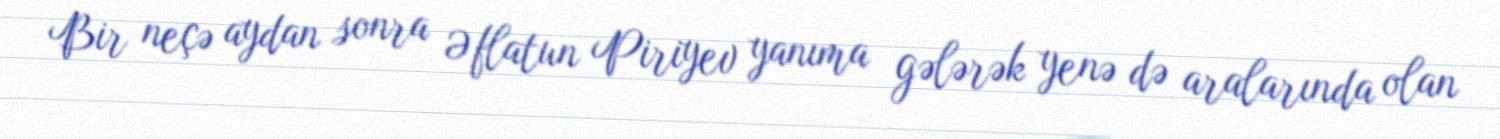
Bir neçə aydan sonra Əflatun Piriyev yanıma gələrək yenə də aralarında olan